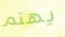
يهتم